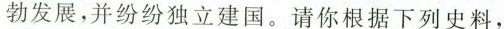
勃发展，并纷纷独立建国。请你根据下列史料，